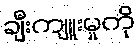
ချီးကျူးမှုကို